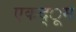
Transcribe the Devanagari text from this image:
एकद्ूम